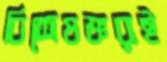
বিশেষজ্ঞরাই